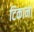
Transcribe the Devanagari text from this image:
टिकाना